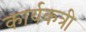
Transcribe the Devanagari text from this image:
कार्यकत्री